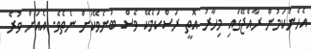
އެހެންކަމުން ރާއްޖޭގައި މިހާރު އޮތީ ރަސްކަމެކޭ ވެސް ބުނެވޭކަށް ނެތެވެ. އެއަށް ވުރެ